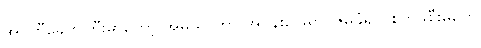
အိုင်တီခေတ်ကြီးမှာတော့ အိမ်သာဟာ အပန်းဖြေရာ၊ ဇိမ်ခံရာ၊ စိတ်ဖိစီးမှုတွေ